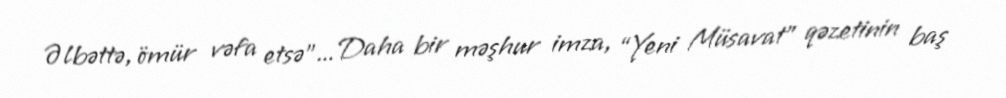
Əlbəttə, ömür vəfa etsə”... Daha bir məşhur imza, “Yeni Müsavat” qəzetinin baş